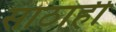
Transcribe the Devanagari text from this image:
साठाही